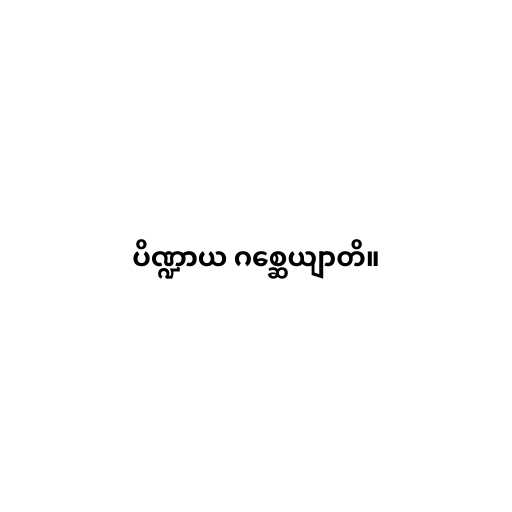
ပိဏ္ဍာယ ဂစ္ဆေယျာတိ။